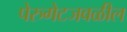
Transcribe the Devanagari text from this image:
पेरुगेटजवळील